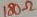
Text: 180Ω